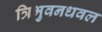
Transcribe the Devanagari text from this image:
त्रिभुवनधवल